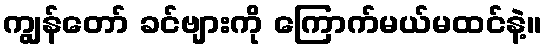
ကျွန်တော် ခင်ဗျားကို ကြောက်မယ်မထင်နဲ့။